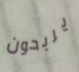
يربحون